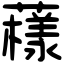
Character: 𧁒